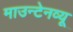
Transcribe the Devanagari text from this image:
माउन्टेनव्यू